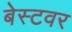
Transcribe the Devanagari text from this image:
बेस्टवर